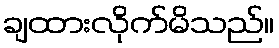
ချထားလိုက်မိသည်။